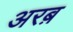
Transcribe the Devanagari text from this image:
अरब़